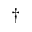
\dag